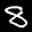
Label: 8